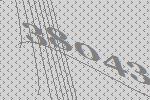
38043